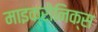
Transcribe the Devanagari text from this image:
माइक्रोनिक्स